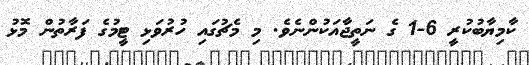
ކާމިޔާބުކުރީ 6-1 ގެ ނަތީޖާއަކުންނެވެ. މި މެޗުގައި ހުރުވަޅި ޓީމުގެ ފަރާތުން މޮޅު